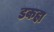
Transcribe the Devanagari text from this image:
डकहा